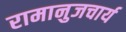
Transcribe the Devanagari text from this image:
रामानुजचार्य